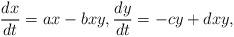
LaTeX: \begin{align*}\frac{dx}{dt}=ax-bxy,\frac{dy}{dt}=-cy+dxy,\end{align*}